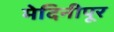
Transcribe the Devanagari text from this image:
मेदिनीपूर